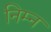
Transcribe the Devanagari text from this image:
निम्‍न